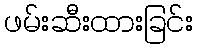
ဖမ်းဆီးထားခြင်း